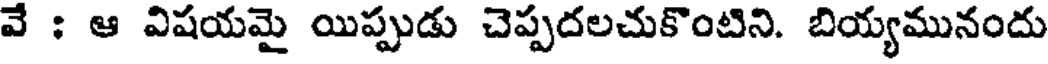
వే : ఆ విషయమై యిప్పుడు చెప్పదలచుకొంటిని. బియ్యమునందు